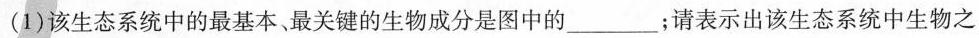
(1)该生态系统中的最基本、最关键的生物成分是图中的___；请表示出该生态系统中生物之